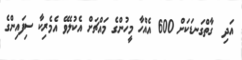
އަދި  ގާތްގަނޑަކަށް 600 އެއްހާ މީހުންގެ މައްޗަށް އެކުލެވޭ އެމެރިކާ ސިފައިންގެ